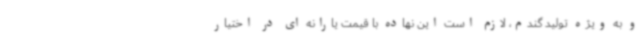
و به ویژه تولید گندم، لازم است این نهاده با قیمت یارانه ای در اختیار